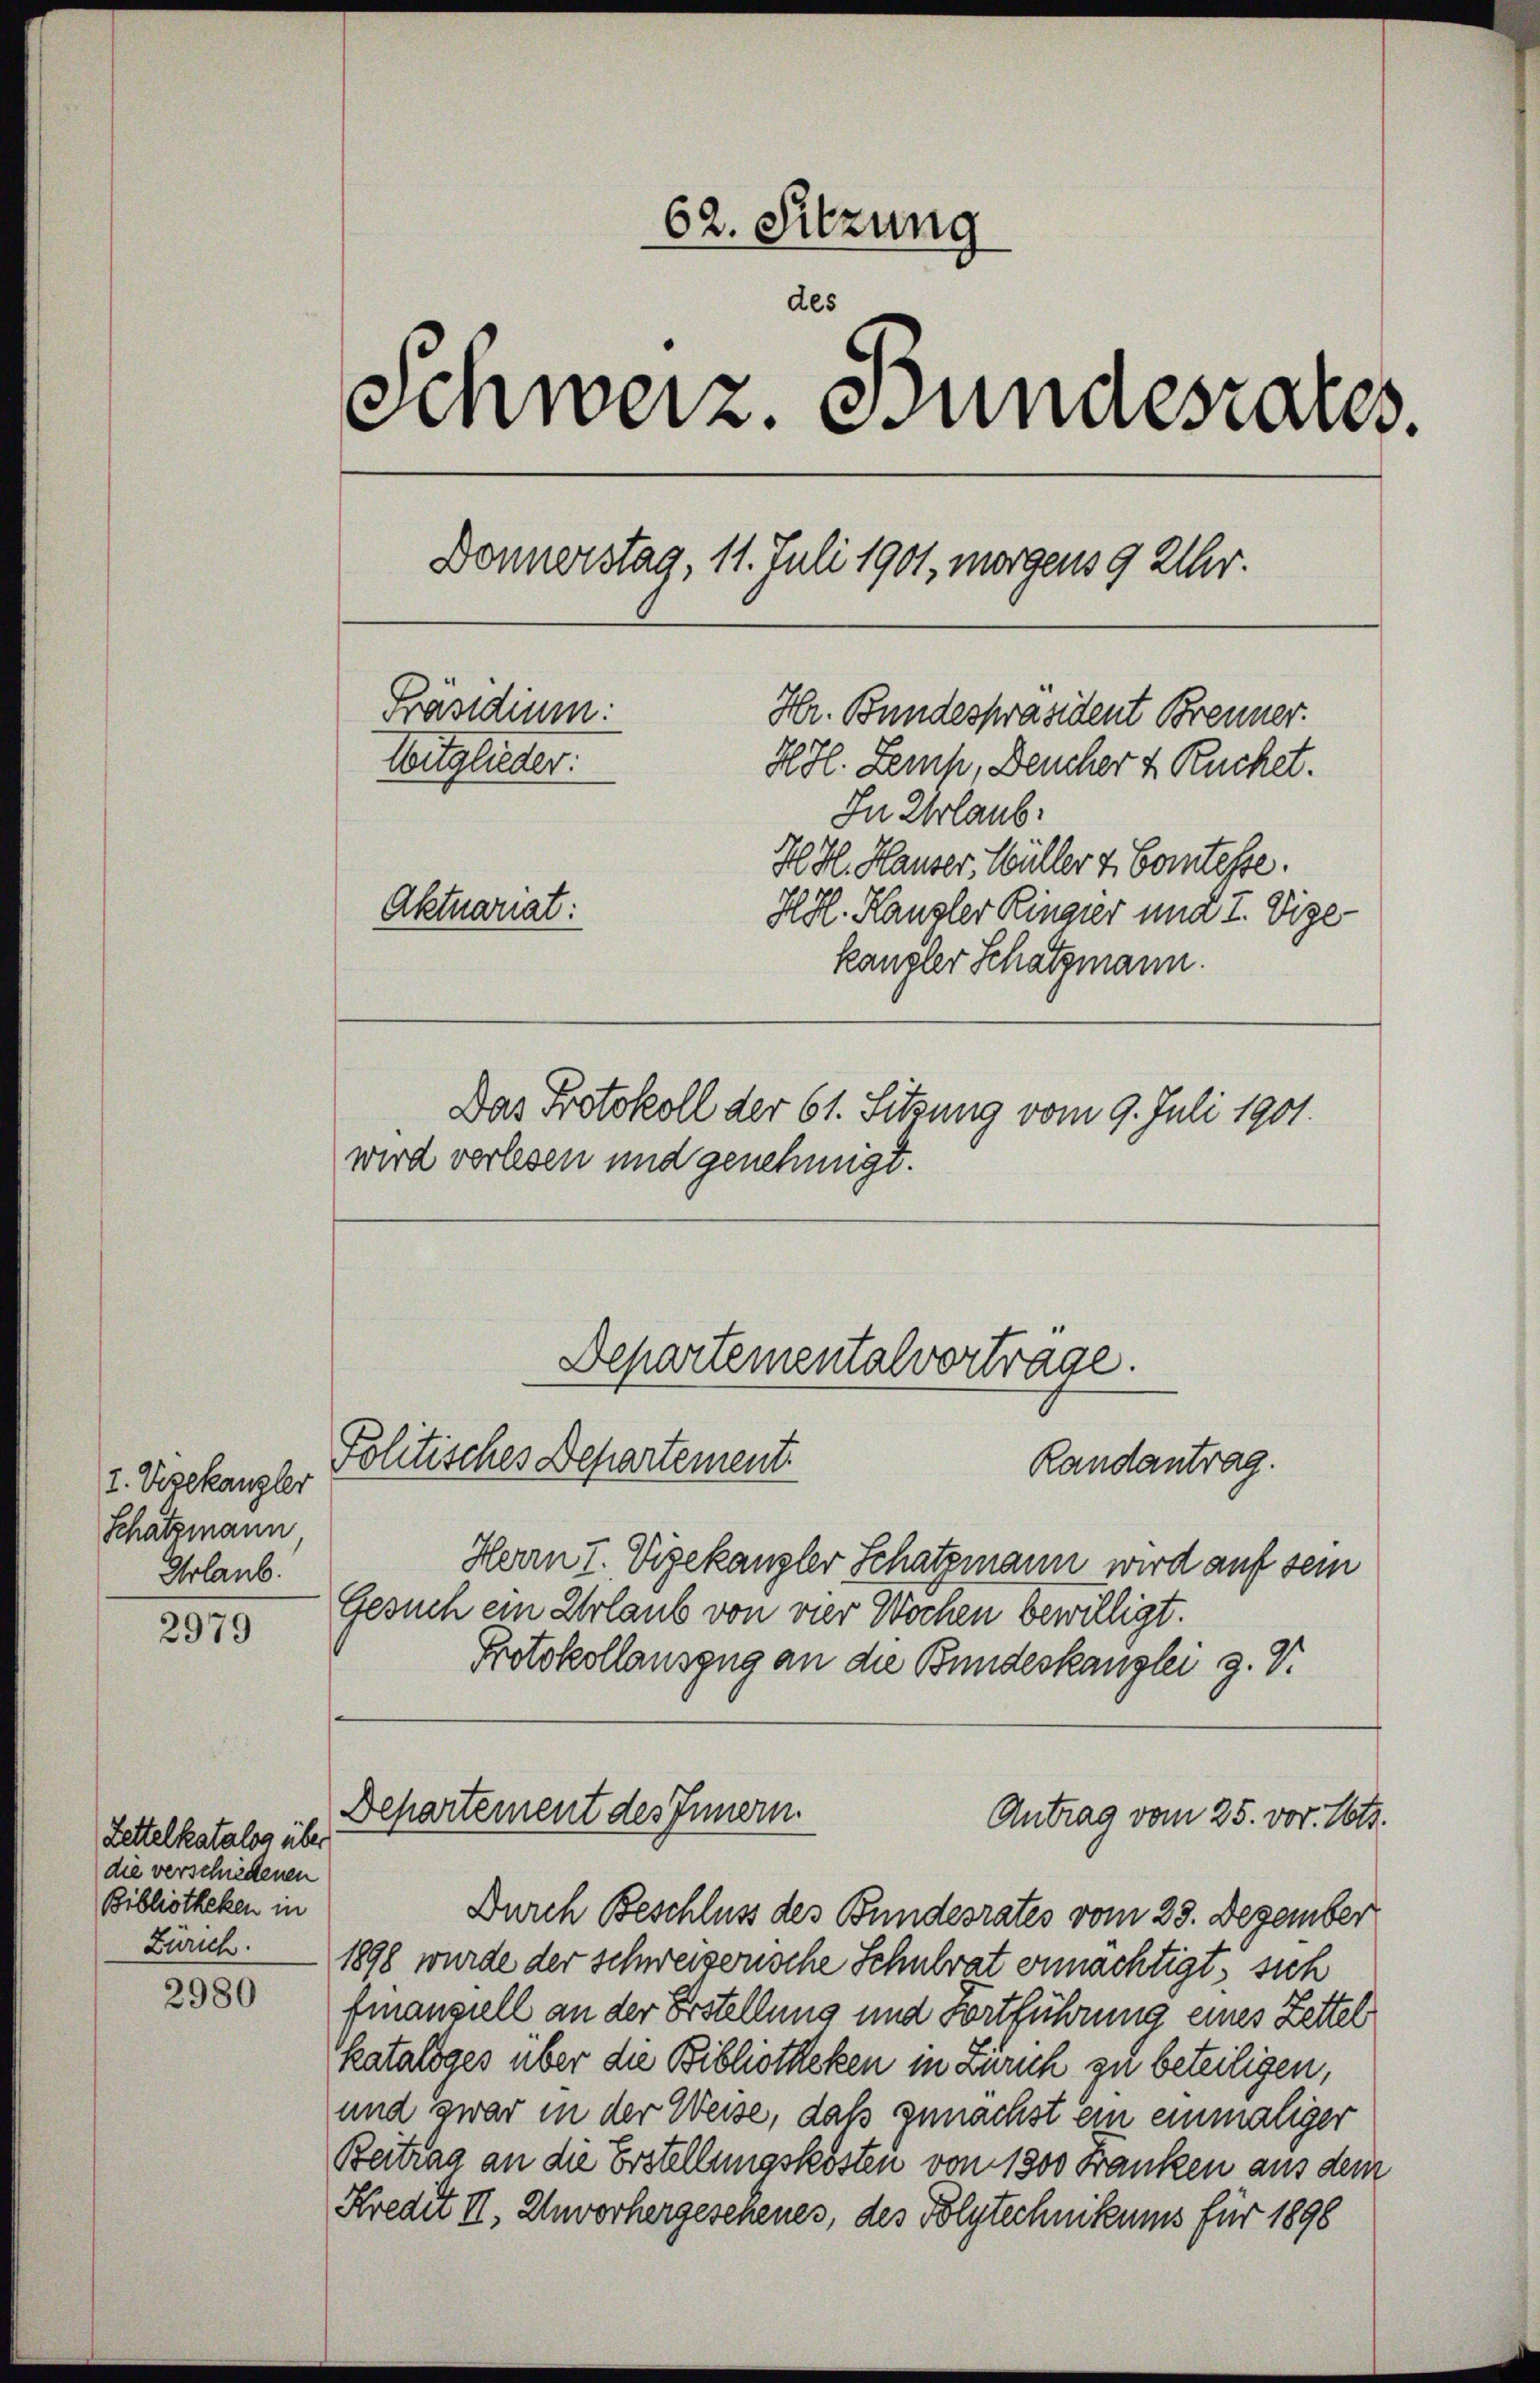
I. Vizekanzler
Schatzmann
Urlaub.

2979

Zettelkatalog über
die verschiedenen
Bibliotheken in

2980

62. Sitzung
des
Schweiz. Bundesrates.
Donnerstag, 11. Juli 1901, morgens 9 Uhr.
Präsidium:
Hr. Bundespräsident Brenner.
Witglieder:
HH. Zemp, Deucher 4 Ruchet.
In Urlaub.
H. H. Hauser, Wüller v. Comtesse.
Aktuariat:
HHl. Kanzler Ringier und I. Vize-
kangler Schatzmann.
Das Protokoll der 61. Sitzung vom 9. Juli 1901.
wird verlesen und genehmigt.

Departementalvortrage.
Politisches Departement
Randantrag.

Herrn I. Vizekanzler Schatzmann wird auf sein
Gesuch ein Urlaub von vier Wochen bewilligt.
Protokollauszug an die Bundeskanzlei z. V.

Departement des Innern.
Antrag vom 25. vor. Mts.

Durch Beschluss des Bundesrates vom 29. Dezember
Zürich. 1898 wurde der schweizerische Schulrat ermächtigt, sich
finanziell an der Erstellung und Fortführung eines Zettel
kataloges über die Bibliotheken in Zürich zu beteiligen,
und zwar in der Weise, daß zunächst ein einmaliger
Beitrag an die Erstellungskosten von 1300 Franken aus dem
Kredit II, Unvorhergeschenes, des Polytechnikums für 1898